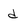
Character: d